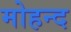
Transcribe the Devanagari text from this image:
मोहन्द